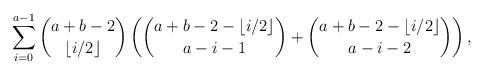
LaTeX: \begin{align*}\sum_{i=0}^{a-1}\binom{a+b-2}{\lfloor i/2 \rfloor}\left(\binom{a+b-2-\lfloor i/2 \rfloor}{a-i-1}+\binom{a+b-2-\lfloor i/2 \rfloor}{a-i-2}\right),\end{align*}